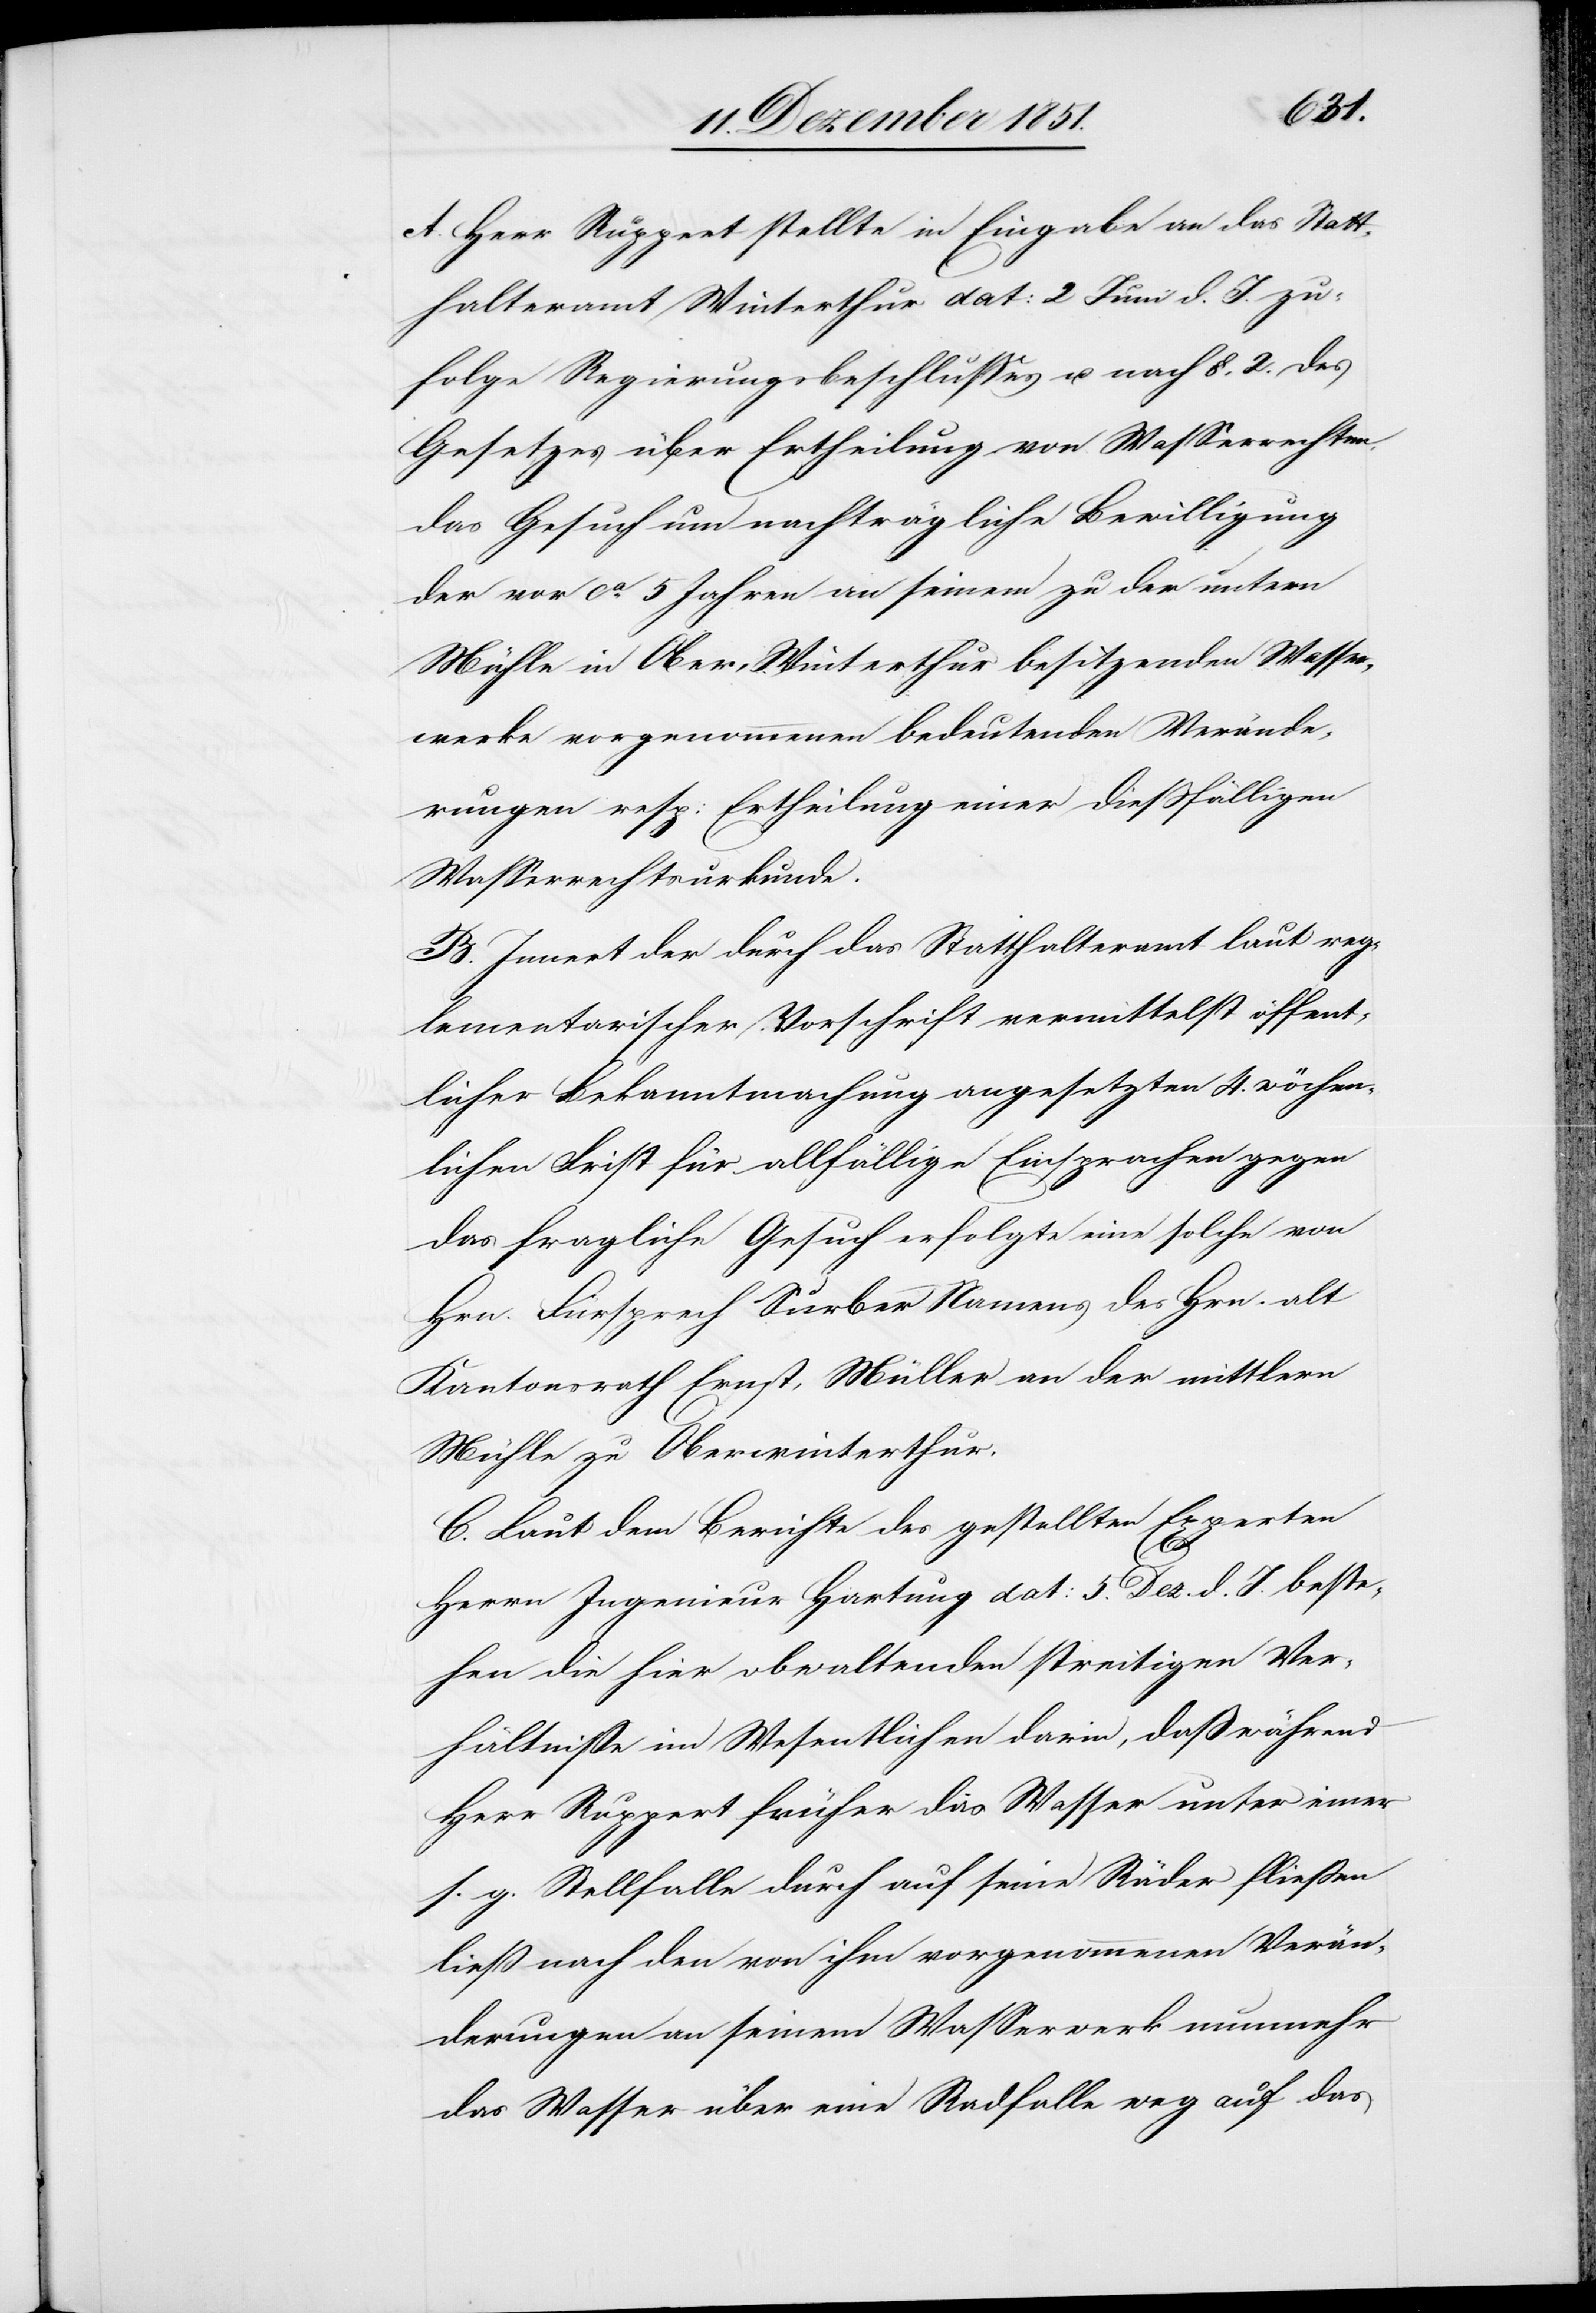
A. Herr Ruppert stellte in Eingabe an das Statt¬
halteramt Winterthur dat: 2 Juni d. J. zu¬
folge Regierungsbeschlusses u. nach §. 2. des
Gesetzes über Ertheilung von Wasserrechten,
das Gesuch um nachträgliche Bewilligung
der vor ca. 5 Jahren an seinem zu der untern
Mühle in Ober-Winterthur besitzenden Wasser¬
werke vorgenommenen bedeutenden Verände¬
rungen resp: Ertheilung einer dießfälligen
Wasserrechtsurkunde.
B. Innert der durch das Statthalteramt laut reg¬
lementarischer Vorschrift vermittelst öffent¬
licher Bekanntmachung angesetzten 4. wöche¬
n[t]lichen Frist für allfällige Einsprachen gegen
das fragliche Gesuch erfolgte eine solche von
Hrn. Fürsprech Surber Namens des Hrn. alt
Kantonsrath Ernst, Müller an der mittlern
Mühle zu Oberwinterthur.
C. Laut dem Berichte des gestellten Experten
Herrn Ingenieur Hartung dat: 5. Dez. d. J. beste¬
hen die hier obwaltenden streitigen Ver¬
hältnisse im Wesentlichen darin, daß während
Herr Ruppert früher das Wasser unter einer
s. g. Stellfalle durch auf seine Räder fließen
ließ nach den von ihm vorgenommenen Verän¬
derungen an seinem Wasserwerk nunmehr
das Wasser über eine Radfalle weg auf das